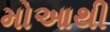
મોઆથી